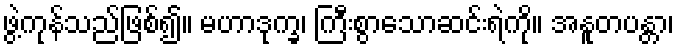
ဖွဲ့ကုန်သည်ဖြစ်၍။ မဟာဒုက္ခ၊ ကြီးစွာသောဆင်းရဲကို။ အနူတပန္တာ၊